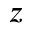
z